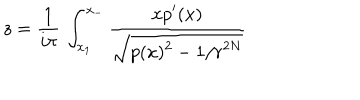
z = { \frac { 1 } { i \pi } } \, \int _ { x _ { 1 } } ^ { x _ { - } } { \frac { \displaystyle x p ^ { \prime } ( x ) } { \displaystyle \sqrt { p ( x ) ^ { 2 } - 1 / r ^ { 2 N } } } }